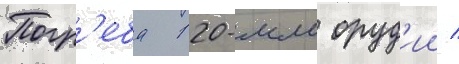
Погр'еба 120-мм оруд'ии /